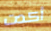
أكدت